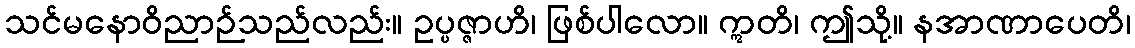
သင်မနောဝိညာဉ်သည်လည်း။ ဥပ္ပဇ္ဇာဟိ၊ ဖြစ်ပါလော။ ဣတိ၊ ဤသို့။ နအာဏာပေတိ၊